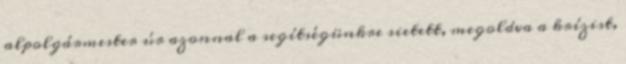
alpolgármester úr azonnal a segítségünkre sietett, megoldva a krízist,